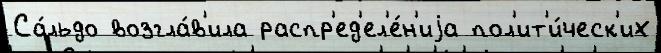
Са́льдо возгла́в'ила распр'ед'ел'е́н'иjа пол'ит'и́ческ'их